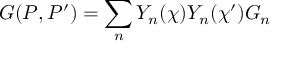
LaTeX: G ( P , P ^ { \prime } ) = \sum _ { n } Y _ { n } ( \chi ) Y _ { n } ( \chi ^ { \prime } ) G _ { n }